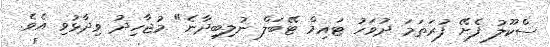
ސްކޫލު ފެށޭ ފުރަތަމަ ދުވަހު ޓައިމް ޓޭބަލް ނުލިބިދާނެ" މުޖާހިދު ވިދާޅުވި އެވެ.